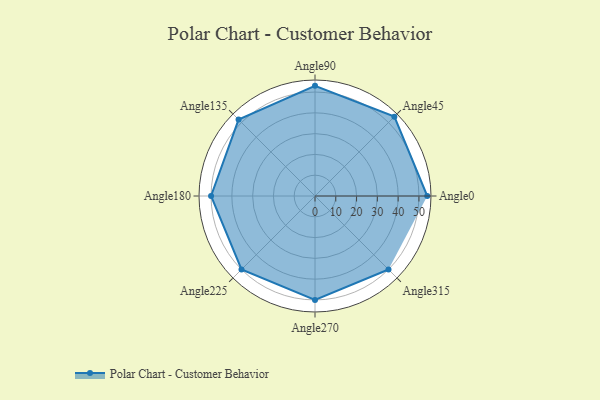
{"axis": {"x": "Angle", "y": "Radius"}, "legend": [""], "data": [{"x": "Angle0", "y": 54.0, "type": ""}, {"x": "Angle45", "y": 54.0, "type": ""}, {"x": "Angle90", "y": 53.0, "type": ""}, {"x": "Angle135", "y": 52.0, "type": ""}, {"x": "Angle180", "y": 50, "type": ""}, {"x": "Angle225", "y": 50, "type": ""}, {"x": "Angle270", "y": 50, "type": ""}, {"x": "Angle315", "y": 50, "type": ""}]}